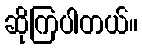
ဆိုကြပါတယ်။